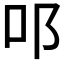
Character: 𨙫